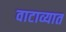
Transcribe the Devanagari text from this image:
वाटाव्यात